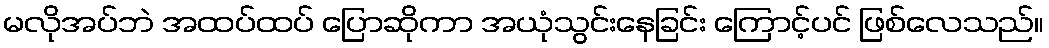
မလိုအပ်ဘဲ အထပ်ထပ် ပြောဆိုကာ အယုံသွင်းနေခြင်း ကြောင့်ပင် ဖြစ်လေသည်။